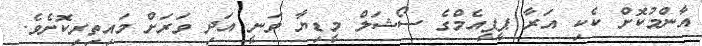
އާންމުކޮށް ކެކި އަރާ ޕީޕީއެމްގެ ސޯޝަލް މީޑިޔާ ވަނީ އަދި ވަރަށް މައިތިރިކޮށެވެ.